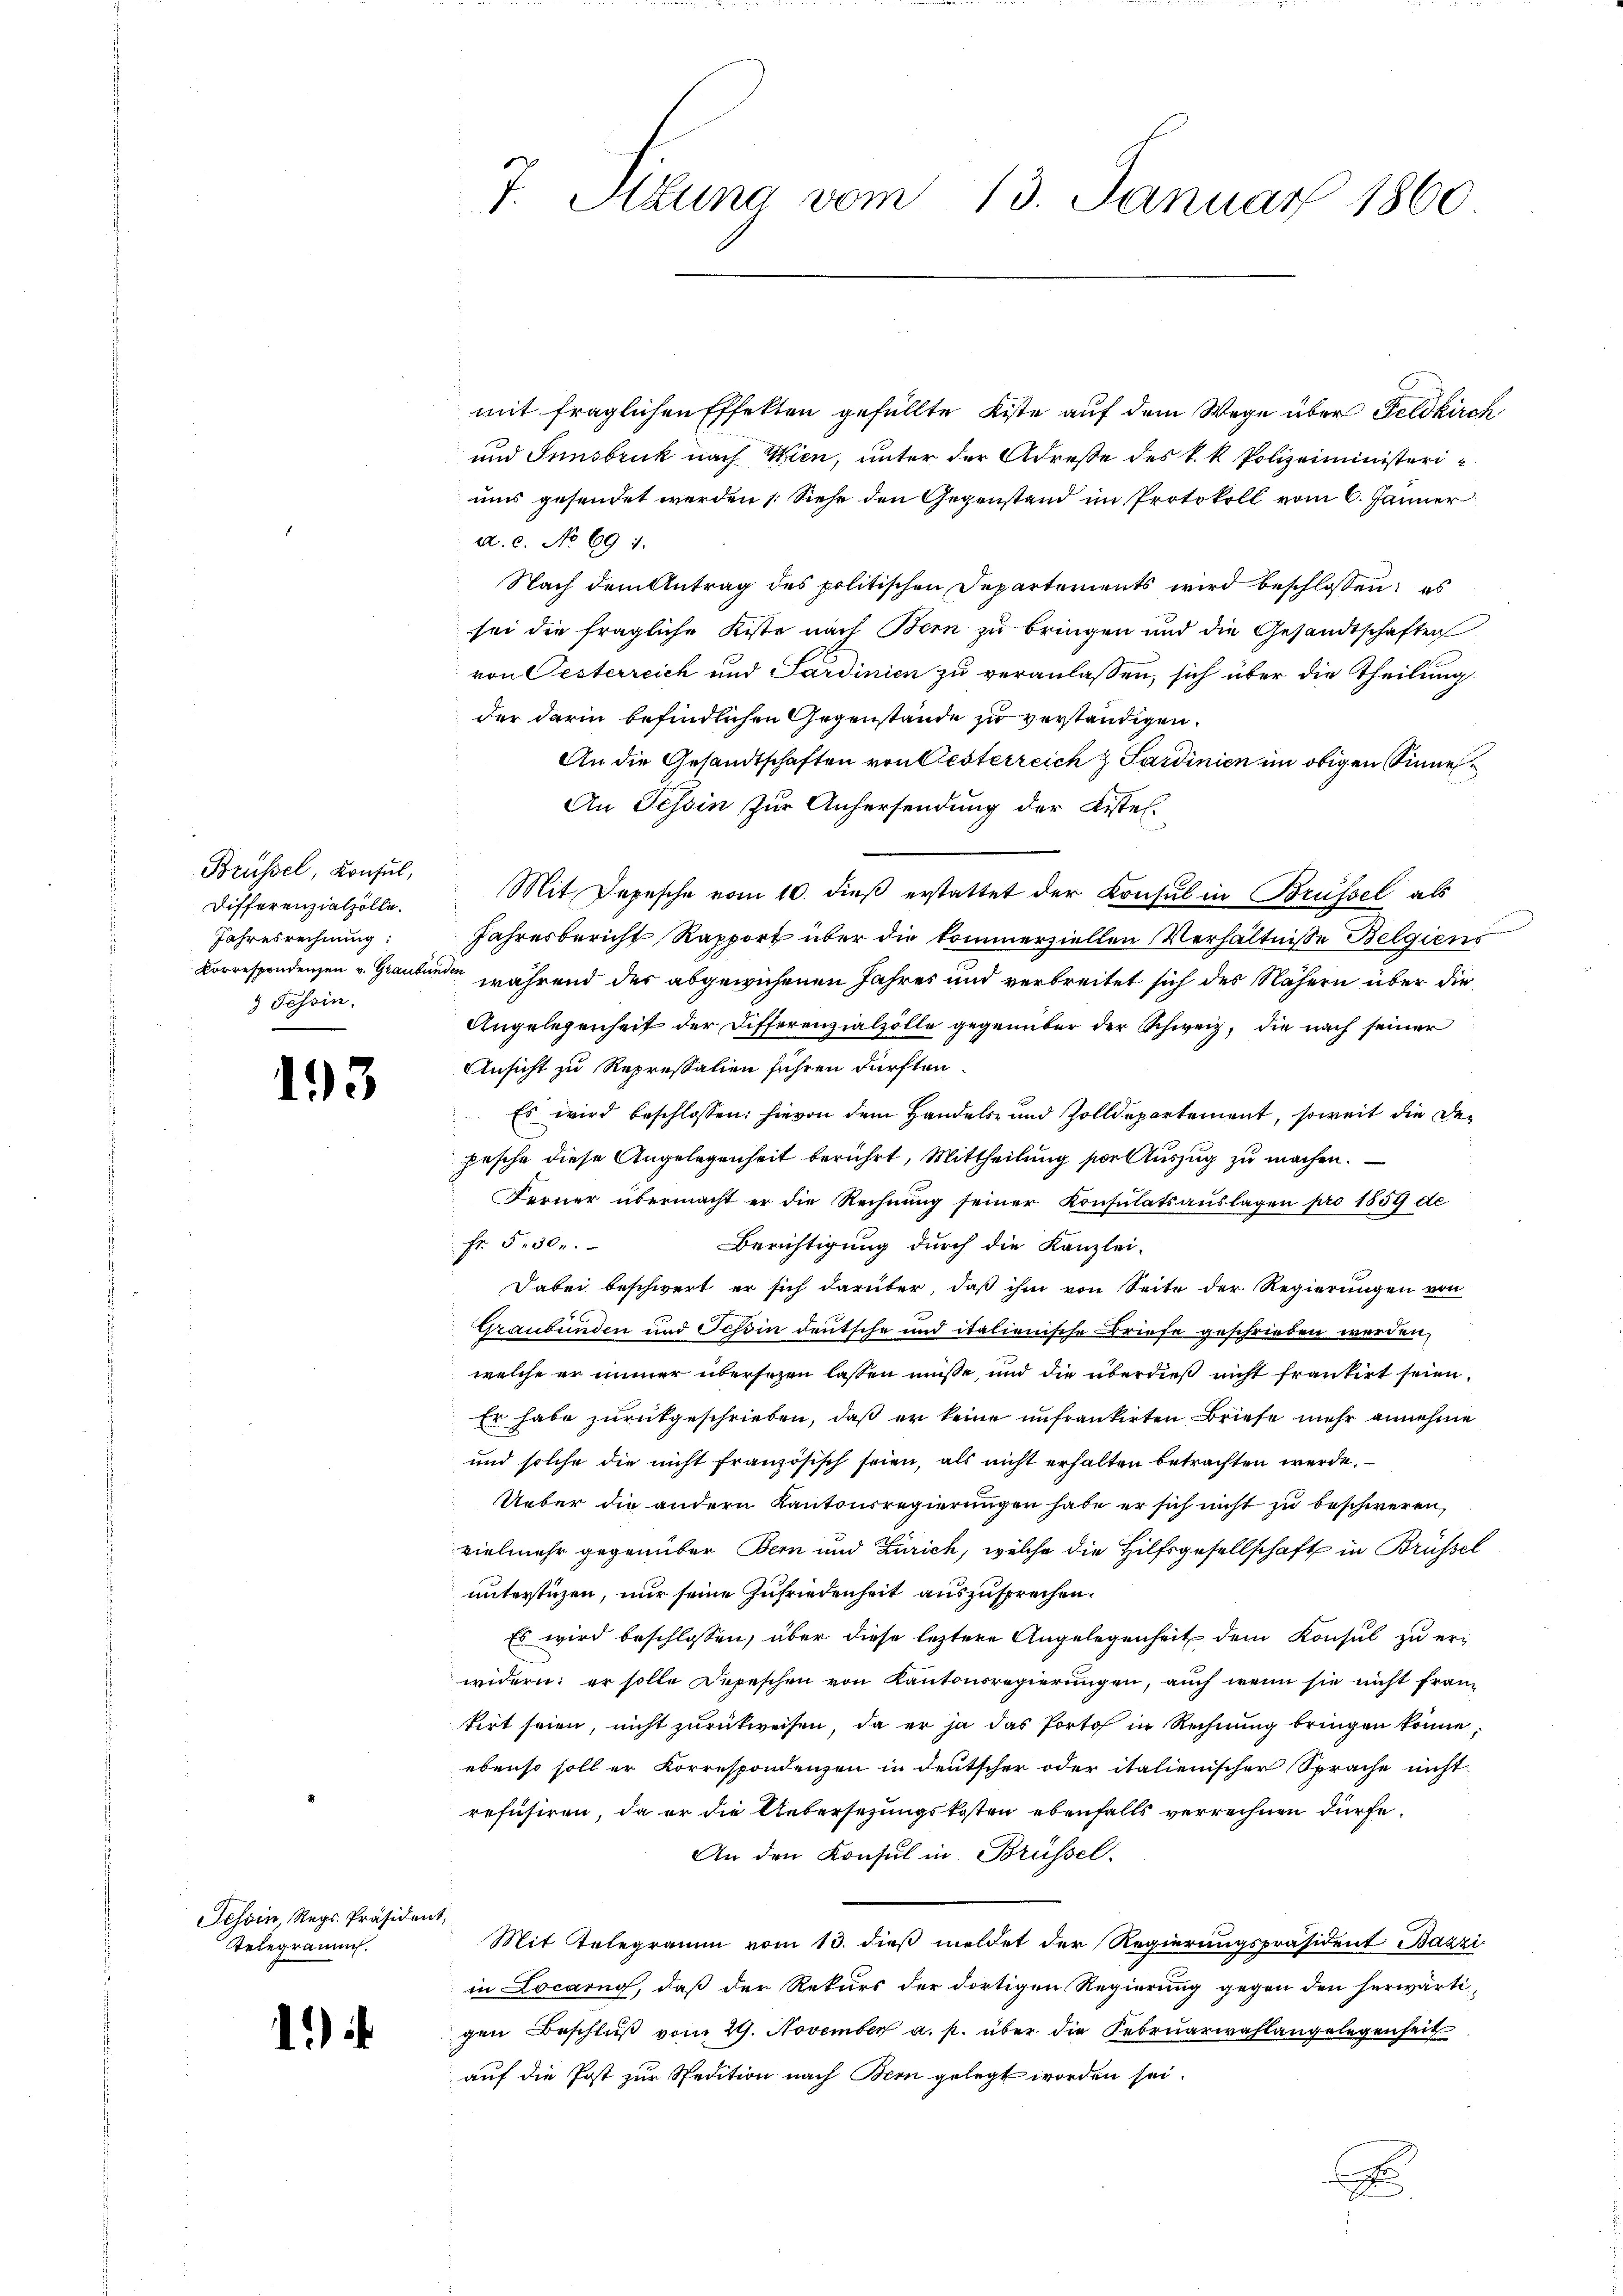
Brüssel, Konsul,
Differenzialzolle.
Jahresrechnung:
) Tessin.

193

Tessin, Reps. Präsident,
Telegramm.

1

7. Sigung vom 13. Januar 1860

mit fraglichen Effekten gefüllte Kiste auf dem Wege über Feldkirch
und Innsbruck nach Wien, unter der Adresse des k. k. Polizeiministeriums gesendet werden (Siehe den Gegenstand im Protokoll vom 6. Jänner
a.c. No 691.
Nach dem Antrag des politischen Departements wird beschlossen: es
sei die fragliche Kiste nach Bern zu bringen und die Gesandtschaften
von Oesterreich und Sardinien zu veranlassen, sich über die Theilung
der darin befindlichen Gegenstände zu verständigen.
An die Gesandtschaften von Aesterreich & Sardinien im obigen Sinne
An Tessin zur Anhersendung der Kistel¬
Mit Depesche vom 10. dieß erstattet der Konsul in Brüssel als
Jahresbericht Rapport über die kommerziellen Verhältnisse Belgiens
Korrespondenzen v. Graubünde während der abgewichenen Jahres und verbreitet sich der Nähern über die
Angelegenheit der Differenzialzölle gegenüber der Schweiz, die nach seiner
Ansicht zu Repressalien führen dürften.
Es wird beschlossen: hievon dem Handels- und Zolldepartement, soweit die Depesche diese Angelegenheit berührt, Mittheilung vor Auszug zu machen.
Ferner übermacht er die Rechnung seiner Konsulatsauslagen pro 1859 de
Fr §. 30.
Berichtigung durch die Kanzlei-
Dabei beschwert er sich darüber, daß ihm von Seite der Regierungen von
Graubünden und Tessin deutsche und italienische Briefe geschrieben worden,
welche er immer übersezen lassen müsse, und die überdieß nicht frantirt seien.
Er habe zurükgeschrieben, daß er keine unfrankirten Briefe mehr annehme
und solche die nicht französisch seien, als nicht erhalten betrachten werde.
Ueber die andern Kantonsregierungen habe er sich nicht zu beschweren,
vielmehr gegenüber Bern und Zürich, welche die Hilfsgesellschaft in Brüssel
unterstüzen, nur seine Zufriedenheit auszusprechen.
Es wird beschlossen, über diese leztere Angelegenheit dem Konsul zu er-
widern; er solle Depeschen von Kantonsregierungen, auch wenn sie nicht frantirt seien, nicht zurückweisen, da er ja das Porto in Rechnung bringen könne,
ebenso soll er Korrespondenzen in deutscher oder italienischer Sprache nicht
refüsiren, da er die Uebersetzungskosten ebenfalls verrechnen dürfe.
An den Konsul in Brüssel.
Mit Telegramm vom 13. dieß meldet der Regierungspräsident Bazzi
in Locarno, daß den Rekurs der dortigen Regierung gegen den herwärti-
gen Beschluß vom 29. November a. p. über die Februarwahlangelegenheit
auf die Post zur Spedition nach Bern gelegt worden sei.
e